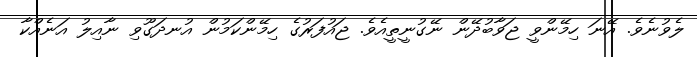
ލެވުނެވެ. އޭނަ ހިމޭންވީ ޖަވާބުދޭން ނޭގުނީތީއެވެ. ޖައުފަރުގެ ހިމޭންކަމުން އުނދަގޫވި ނާއިލު އަނެއްކާ